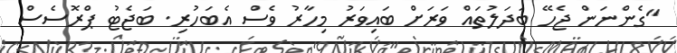
"ގެންނަން ޖެހޭ ބަދަލުތައް ވަރަށް ބައިވަރު މިހާރު ވެސް އެބަހުރި. ބަޖެޓު ޕްރޮސެސް